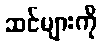
ဆင်များကို